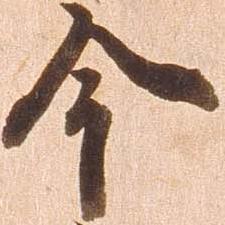
今